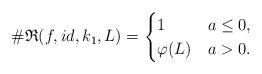
LaTeX: \begin{gather*}\#\mathfrak{R}(f,id,k_1,L)=\begin{cases}1&a\le 0,\\\varphi(L)& a>0.\end{cases}\end{gather*}